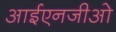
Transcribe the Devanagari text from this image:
आईएनजीओ